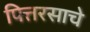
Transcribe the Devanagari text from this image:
पित्तरसाचे